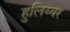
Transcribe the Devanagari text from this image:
हुलिय्यर